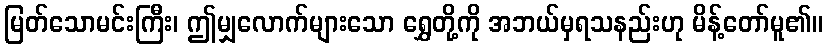
မြတ်သောမင်းကြီး၊ ဤမျှလောက်များသော ရွှေတို့ကို အဘယ်မှရသနည်းဟု မိန့်တော်မူ၏။